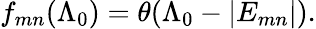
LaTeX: f_{mn}(\Lambda_{0})=\theta(\Lambda_{0}-|E_{mn}|).